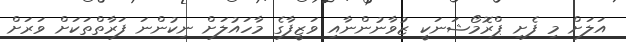
އަލަށް މި ފެށި ޕްރޮމޯޝަނަކީ ޒުވާނުންނާއި ވަޒީފާގެ މާހައުލަށް ނިކުންނަ ފަރާތްތަކަށް ވަރަށް